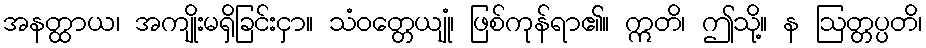
အနတ္ထာယ၊ အကျိုးမရှိခြင်းငှာ။ သံဝတ္တေယျုံ၊ ဖြစ်ကုန်ရာ၏။ ဣတိ၊ ဤသို့။ န ဩတ္တပ္ပတိ၊